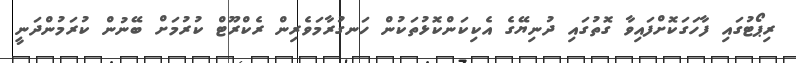
ރިޕޯޓުގައި ފާހަގަކޮށްފައިވާ ގޮތުގައި ދުނިޔޭގެ އެކިކަންކޮޅުތަކުން ހަނގުރާމަވެރިން ރެކްރޫޓް ކުރުމަށް ބޭނުން ކުރަމުންދަނީ